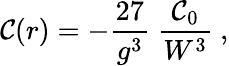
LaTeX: {\cal C}(r)=-{\frac{27}{g^{3}}}~{\frac{{\cal C}_{0}}{W^{3}}}\ ,